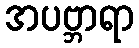
အပဗ္ဘာရာ